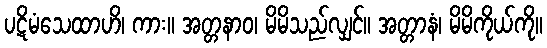
ပဋိမံသေထာဟိ၊ ကား။ အတ္တနာဝ၊ မိမိသည်လျှင်။ အတ္တာနံ၊ မိမိကိုယ်ကို။